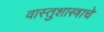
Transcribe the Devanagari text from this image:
वास्तुशास्त्राचे